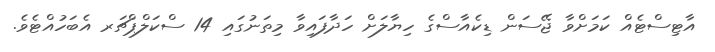
އާޓިސްޓެއް ކަމަށްވާ ޖޭސަން ޑިކެއާސްގެ ހިޔާލަށް ހަދާފައިވާ މިތަނުގައި 14 ސްކަލްޕްޗަރ އެބަހުއްޓެވެ.